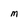
Character: M